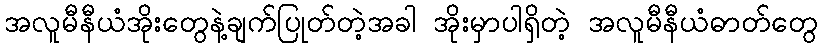
အလူမီနီယံအိုးတွေနဲ့ချက်ပြုတ်တဲ့အခါ အိုးမှာပါရှိတဲ့ အလူမီနီယံဓာတ်တွေ